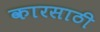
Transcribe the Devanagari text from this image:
कारसाठी